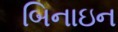
બિનાઇન